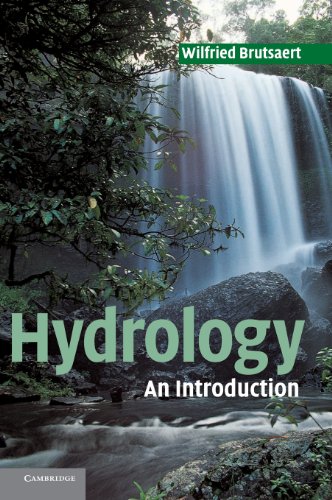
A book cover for Hydrology: An Introduction; Wilfried Brutsaert; Science & Math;